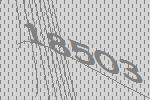
18503